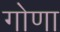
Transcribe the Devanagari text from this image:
गोणा